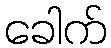
ခေါက်